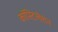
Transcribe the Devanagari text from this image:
कॉस्टिलेशन